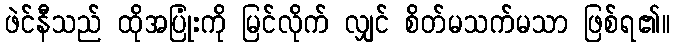
ဖဲင်နီသည် ထိုအပြုံးကို မြင်လိုက် လျှင် စိတ်မသက်မသာ ဖြစ်ရ၏။